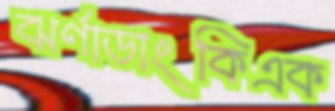
ঝর্ণাডাংকিএক